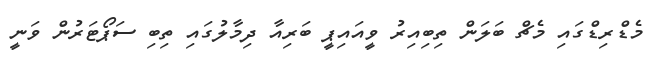
މެޑްރިޑްގައި މެޗް ބަލަން ތިބިއިރު ވީއައިޕީ ބަރިއާ ދިމާލުގައި ތިބި ސަޕޯޓަރުން ވަނީ